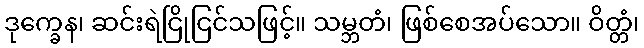
ဒုက္ခေန၊ ဆင်းရဲငြိုငြင်သဖြင့်။ သမ္ဘတံ၊ ဖြစ်စေအပ်သော။ ဝိတ္တံ၊